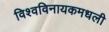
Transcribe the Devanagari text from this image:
विश्वविनायकमधली